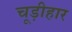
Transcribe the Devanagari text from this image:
चूड़ीहार